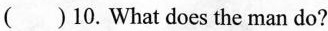
( )10. What does the man do?